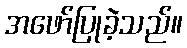
အဖော်ပြုခဲ့သည်။